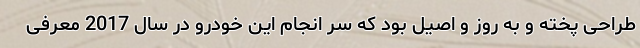
طراحی پخته و به روز و اصیل بود که سر انجام این خودرو در سال 2017 معرفی